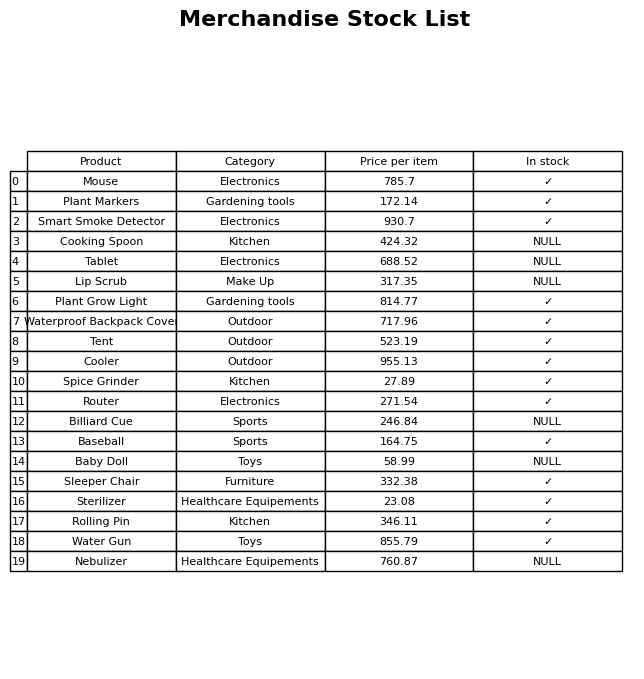
question: What is the stock status of the Rolling Pin?
answer: ✓